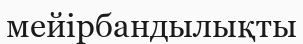
мейірбандылықты